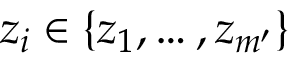
z _ { i } \in \{ z _ { 1 } , \dots , z _ { m ^ { \prime } } \}